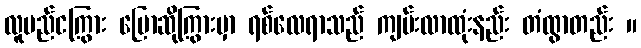
လူမည်ငကြွား ပြောဆိုကြွားမှာ ရစ်လေရာသည် ကျမ်းလာထုံးနည်း တံထွာတည်း ။